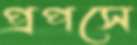
প্রপসে